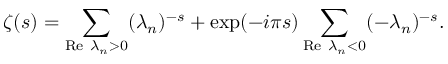
\zeta ( s ) = \sum _ { \mathrm { R e } ~ \lambda _ { n } > 0 } ( \lambda _ { n } ) ^ { - s } + \exp ( - i \pi s ) \sum _ { \mathrm { R e } ~ \lambda _ { n } < 0 } ( - \lambda _ { n } ) ^ { - s } .